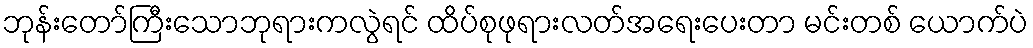
ဘုန်းတော်ကြီးသောဘုရားကလွဲရင် ထိပ်စုဖုရားလတ်အရေးပေးတာ မင်းတစ် ယောက်ပဲ